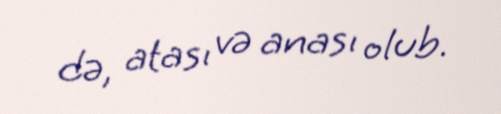
də, atası və anası olub.